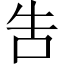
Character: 吿